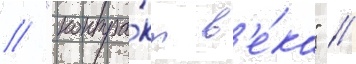
// "контра́кт в'е́ка" /